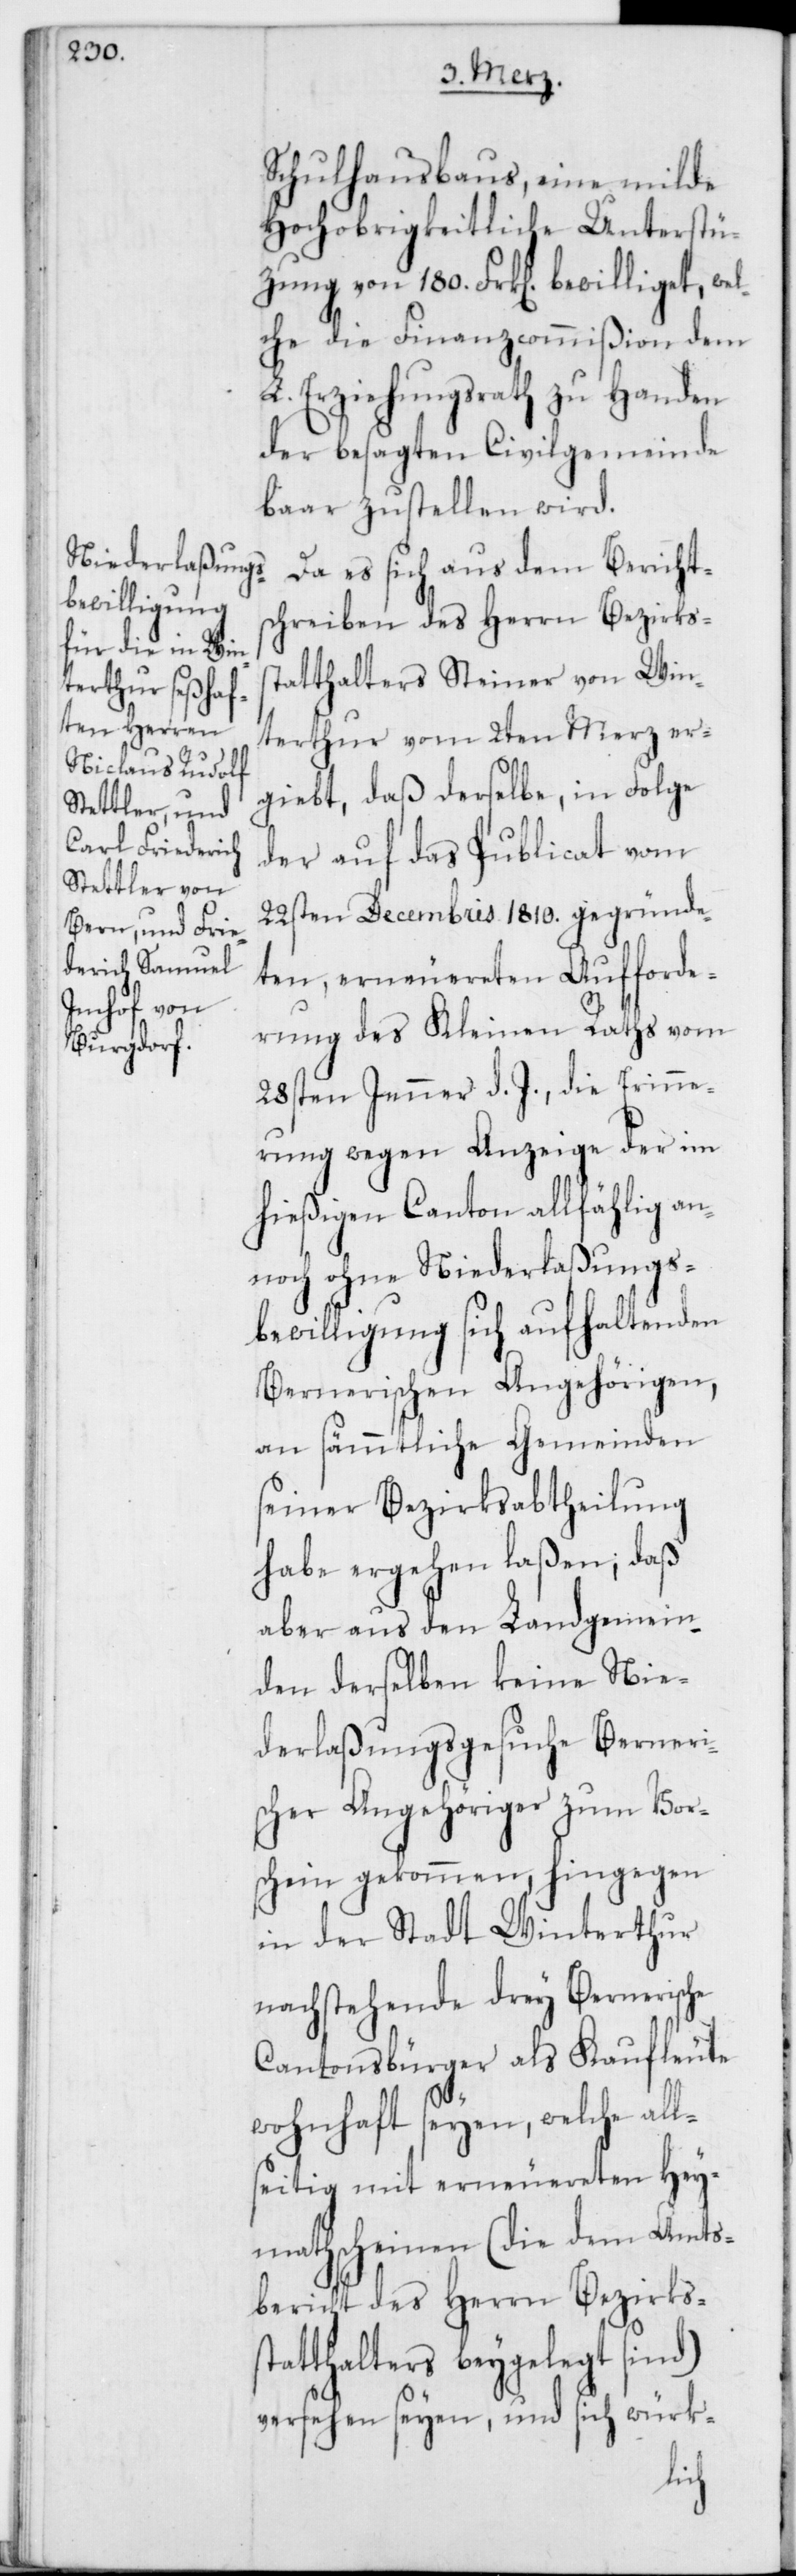
180.
Schulhausbaus, eine milde
Hochobrigkeitliche Unterstüt¬
che die Finanzcommißion dem
L. Erziehungsrath zu Handen
der besagten Civilgemeinde
baar zustellen wird.
Da es sich aus dem Berichts¬
bewilliget,
chreiben des Herrn Bezirkss¬
tatthalter Steiner von Win¬
terthur vom 2ten Merz er¬
giebt, daß derselbe, in Folge
der auf das Publicat vom
22sten Decembris 1810. gegründe¬
ten, erneuereten Aufforde¬
rung des Kleinen Raths vom
28sten Jenner d. J., die Erinne¬
rung wegen Anzeige der im
hießigen Canton allfählig an¬
noch ohne Niederlaßungs¬
bewilligung sich aufhaltenden
Bernerischen Angehörigen,
an sämmtliche Gemeinden
seiner Bezirksabtheilung
habe ergehen laßen; daß
aber aus den Landgemein¬
den derselben keine Nie¬
derlaßungsgesuche Berneri¬
scher Angehöriger zum Vor¬
schein gekommen, hingegen
in der Stadt Winterthur
nachstehende drey Bernerische
Cantonsbürger als Kaufleute
wohnhaft seyen, welche all¬
seitig mit erneuereten Hey¬
mathscheinen (die dem Amts¬
bericht des Herrn Bezirkss¬
tatthalters beygelegt sind)
versehen seyen, und sich würk-
wel¬